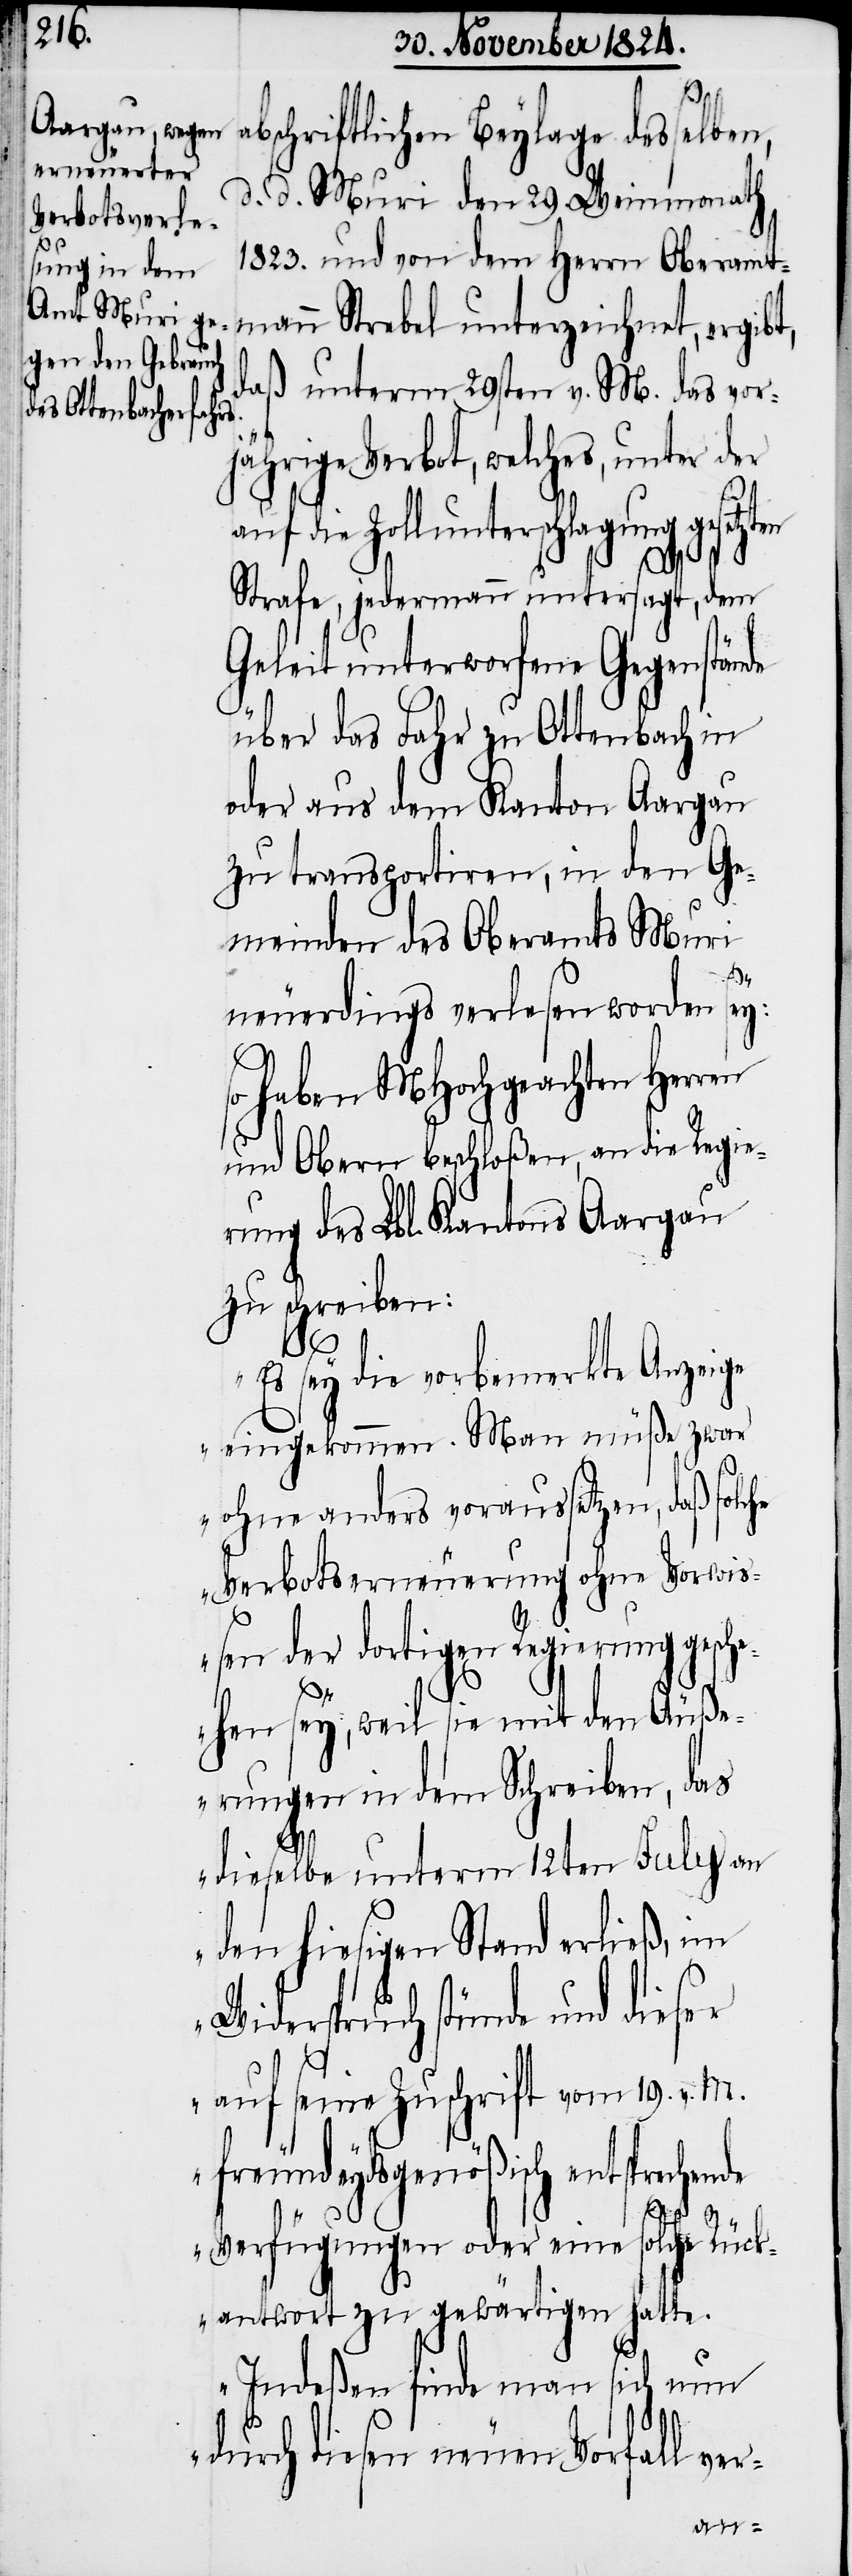
abschriftlichen Beylage desselben,
d. d. Muri den 29. Weinmonath
1823. und von dem Herrn Oberamt¬
mann Strebel unterzeichnet, ergibt,
daß unterm 29sten v. M. das vor¬
jährige Verbot, welches, unter der
auf die Zollunterschlagung gesetzten
Strafe, jedermann untersagt, dem
Geleit unterworfene Gegenstände
über das Fahr zu Ottenbach in
oder aus dem Kanton Aargau
zu transportiren, in den Ge¬
meinden des Oberamtes Muri
neuerdings verlesen worden sey:
so haben MHochgeachten Herren
und Obern beschloßen, an die Regie¬
rung des Lbl. Kantons Aargau
zu schreiben:
„Es sey die vorbemerkte Anzeige
eingekommen. Man müße zwar
ohne anders voraussetzen, daß solche
Verbotserneuerung ohne Vorwi¬
ßen der dortigen Regierung gesc¬
hehen sey, weil sie mit den Äuße¬
rungen in dem Schreiben, das
dieselbe unterm 12ten July an
den hiesigen Stand erließ, im
Widerspruch stünde und dieser
auf seine Zuschrift vom 19. v. M.
fremdeydsgenößisch entspreche¬
nde
Verfügungen oder eine solche Rück¬
antwort zu gewärtigen hatte.
Indeßen finde man sich nun
durch diesen neuen Vorfall ver-